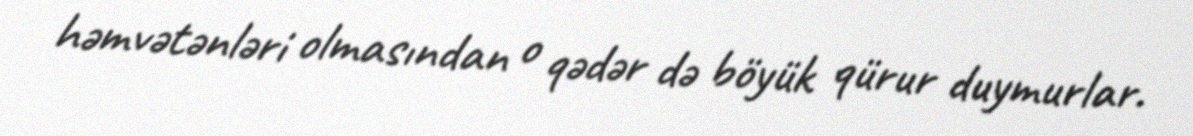
həmvətənləri olmasından o qədər də böyük qürur duymurlar.